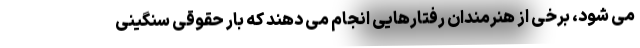
می شود، برخی از هنرمندان رفتارهایی انجام می دهند که بار حقوقی سنگینی